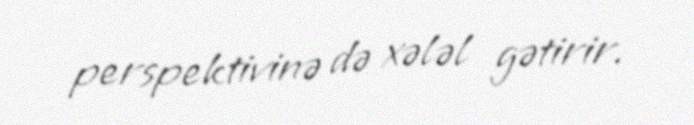
perspektivinə də xələl gətirir.